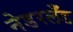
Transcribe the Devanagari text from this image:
नेडरलँड